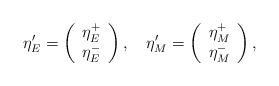
\begin{align*}\eta'_E=\left(\begin{array}{c} \eta_E^+ \\ \eta_E^- \end{array}\right),\quad\eta'_M=\left(\begin{array}{c} \eta_M^+ \\ \eta_M^- \end{array}\right),\end{align*}